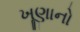
ખૂણાનો